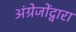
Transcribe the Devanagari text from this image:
अंग्रेजोंद्वारा